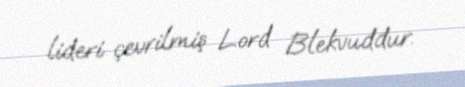
lideri çevrilmiş Lord Blekvuddur.